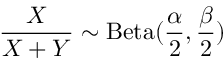
{ \frac { X } { X + Y } } \sim \operatorname { B e t a } ( { \frac { \alpha } { 2 } } , { \frac { \beta } { 2 } } )